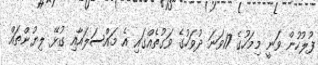
ފުލުހުން ވަނީ މިމަހުގެ 17ވަނަ ދުވަހުގެ ވަގުތެއްގައި އެ މައްސަލައާއި ގުޅޭ ލިޔުންތައް